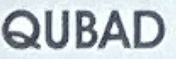
QUBAD